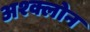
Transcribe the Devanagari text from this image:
अश्क्लोन